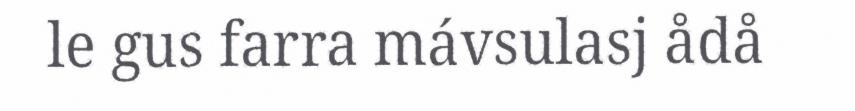
le gus farra mávsulasj ådå